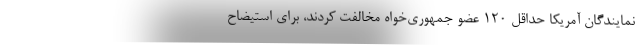
نمایندگان آمریکا حداقل 120 عضو جمهوری‌خواه مخالفت کردند، برای استیضاح